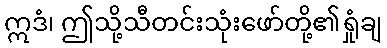
ဣဒံ၊ ဤသို့သီတင်းသုံးဖော်တို့၏ရှုံချ